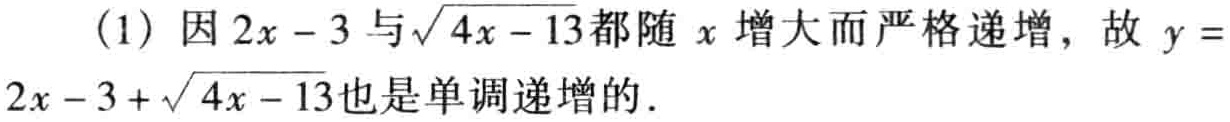
(1) 因 \(2x - 3\) 与\(\sqrt{4x - 13}\)都随 \(x\) 增大而严格递增，故 \(y = 2x - 3+\sqrt{4x - 13}\)也是单调递增的.